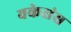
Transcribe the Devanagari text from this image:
वकेसंस